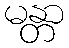
မန္တာ